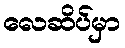
လေဆိပ်မှာ